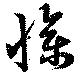
惨